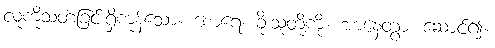
လူကိုသတ်ခြင်းရှိကုန်သော။ စောရေ၊ ခိုးသူတို့ကို။ အာနေတွာ၊ ဆောင်၍။